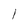
Character: l